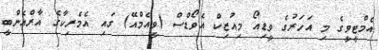
އެމްޓީވީގެ މި އަހަރުގެ ވީޑިއޯ މިއުޒިކް އެވޯޑްސް (ވީއެމްއޭ) ގައި އެމެރިކާގެ އާރްއެންބީ